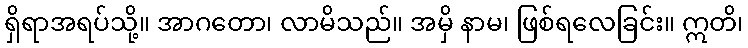
ရှိရာအရပ်သို့။ အာဂတော၊ လာမိသည်။ အမှိ နာမ၊ ဖြစ်ရလေခြင်း။ ဣတိ၊